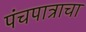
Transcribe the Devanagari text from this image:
पंचपात्राचा